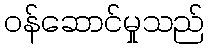
ဝန်ဆောင်မှုသည်